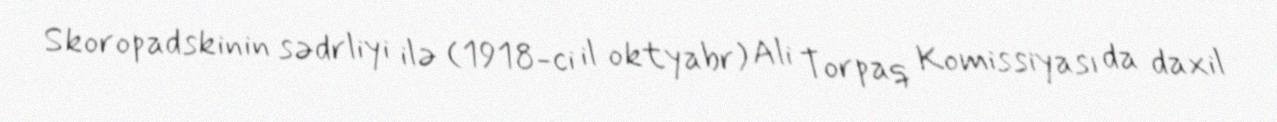
Skoropadskinin sədrliyi ilə (1918-ci il oktyabr) Ali Torpaq Komissiyası da daxil